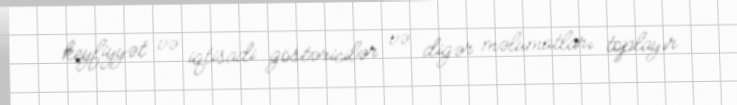
keyfiyyət və iqtisadi göstəricilər və digər məlumatları toplayır.